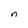
Character: n